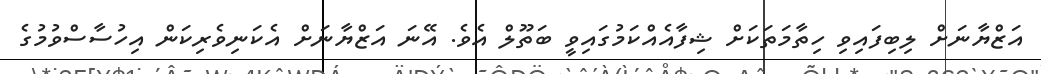
އަޒްޔާނަށް ލިބިފައިވި ހިތާމަތަކަށް ޝިފާއެއްކަމުގައިވީ ބަތޫލް އެވެ. އޭނަ އަޒްޔާނަށް އެކަނިވެރިކަން އިހުސާސްވުމުގެ